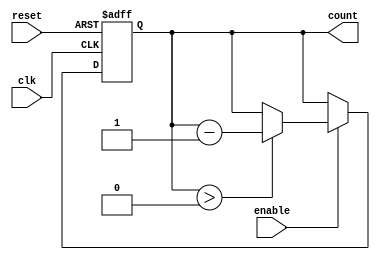
module memory_blocks_down_counter #(
    parameter N = 8 // Define the maximum count value (N)
)(
    input wire clk,          // Clock signal
    input wire reset,        // Asynchronous reset signal
    input wire enable,       // Enable signal
    output reg [N-1:0] count // Current count value
);

// Initial value for the counter
initial begin
    count = N; // Start counting from N
end

// Asynchronous reset and counting operation
always @(posedge clk or posedge reset) begin
    if (reset) begin
        count <= N; // Reset the count to N
    end else if (enable) begin
        if (count > 0) begin
            count <= count - 1; // Decrement the count if greater than zero
        end
    end
end

endmodule